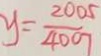
y = \frac { 2 0 0 5 } { 4 0 0 7 }